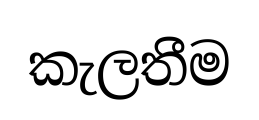
කැලතීම